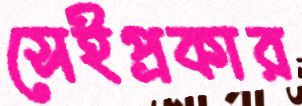
সেইপ্রকার